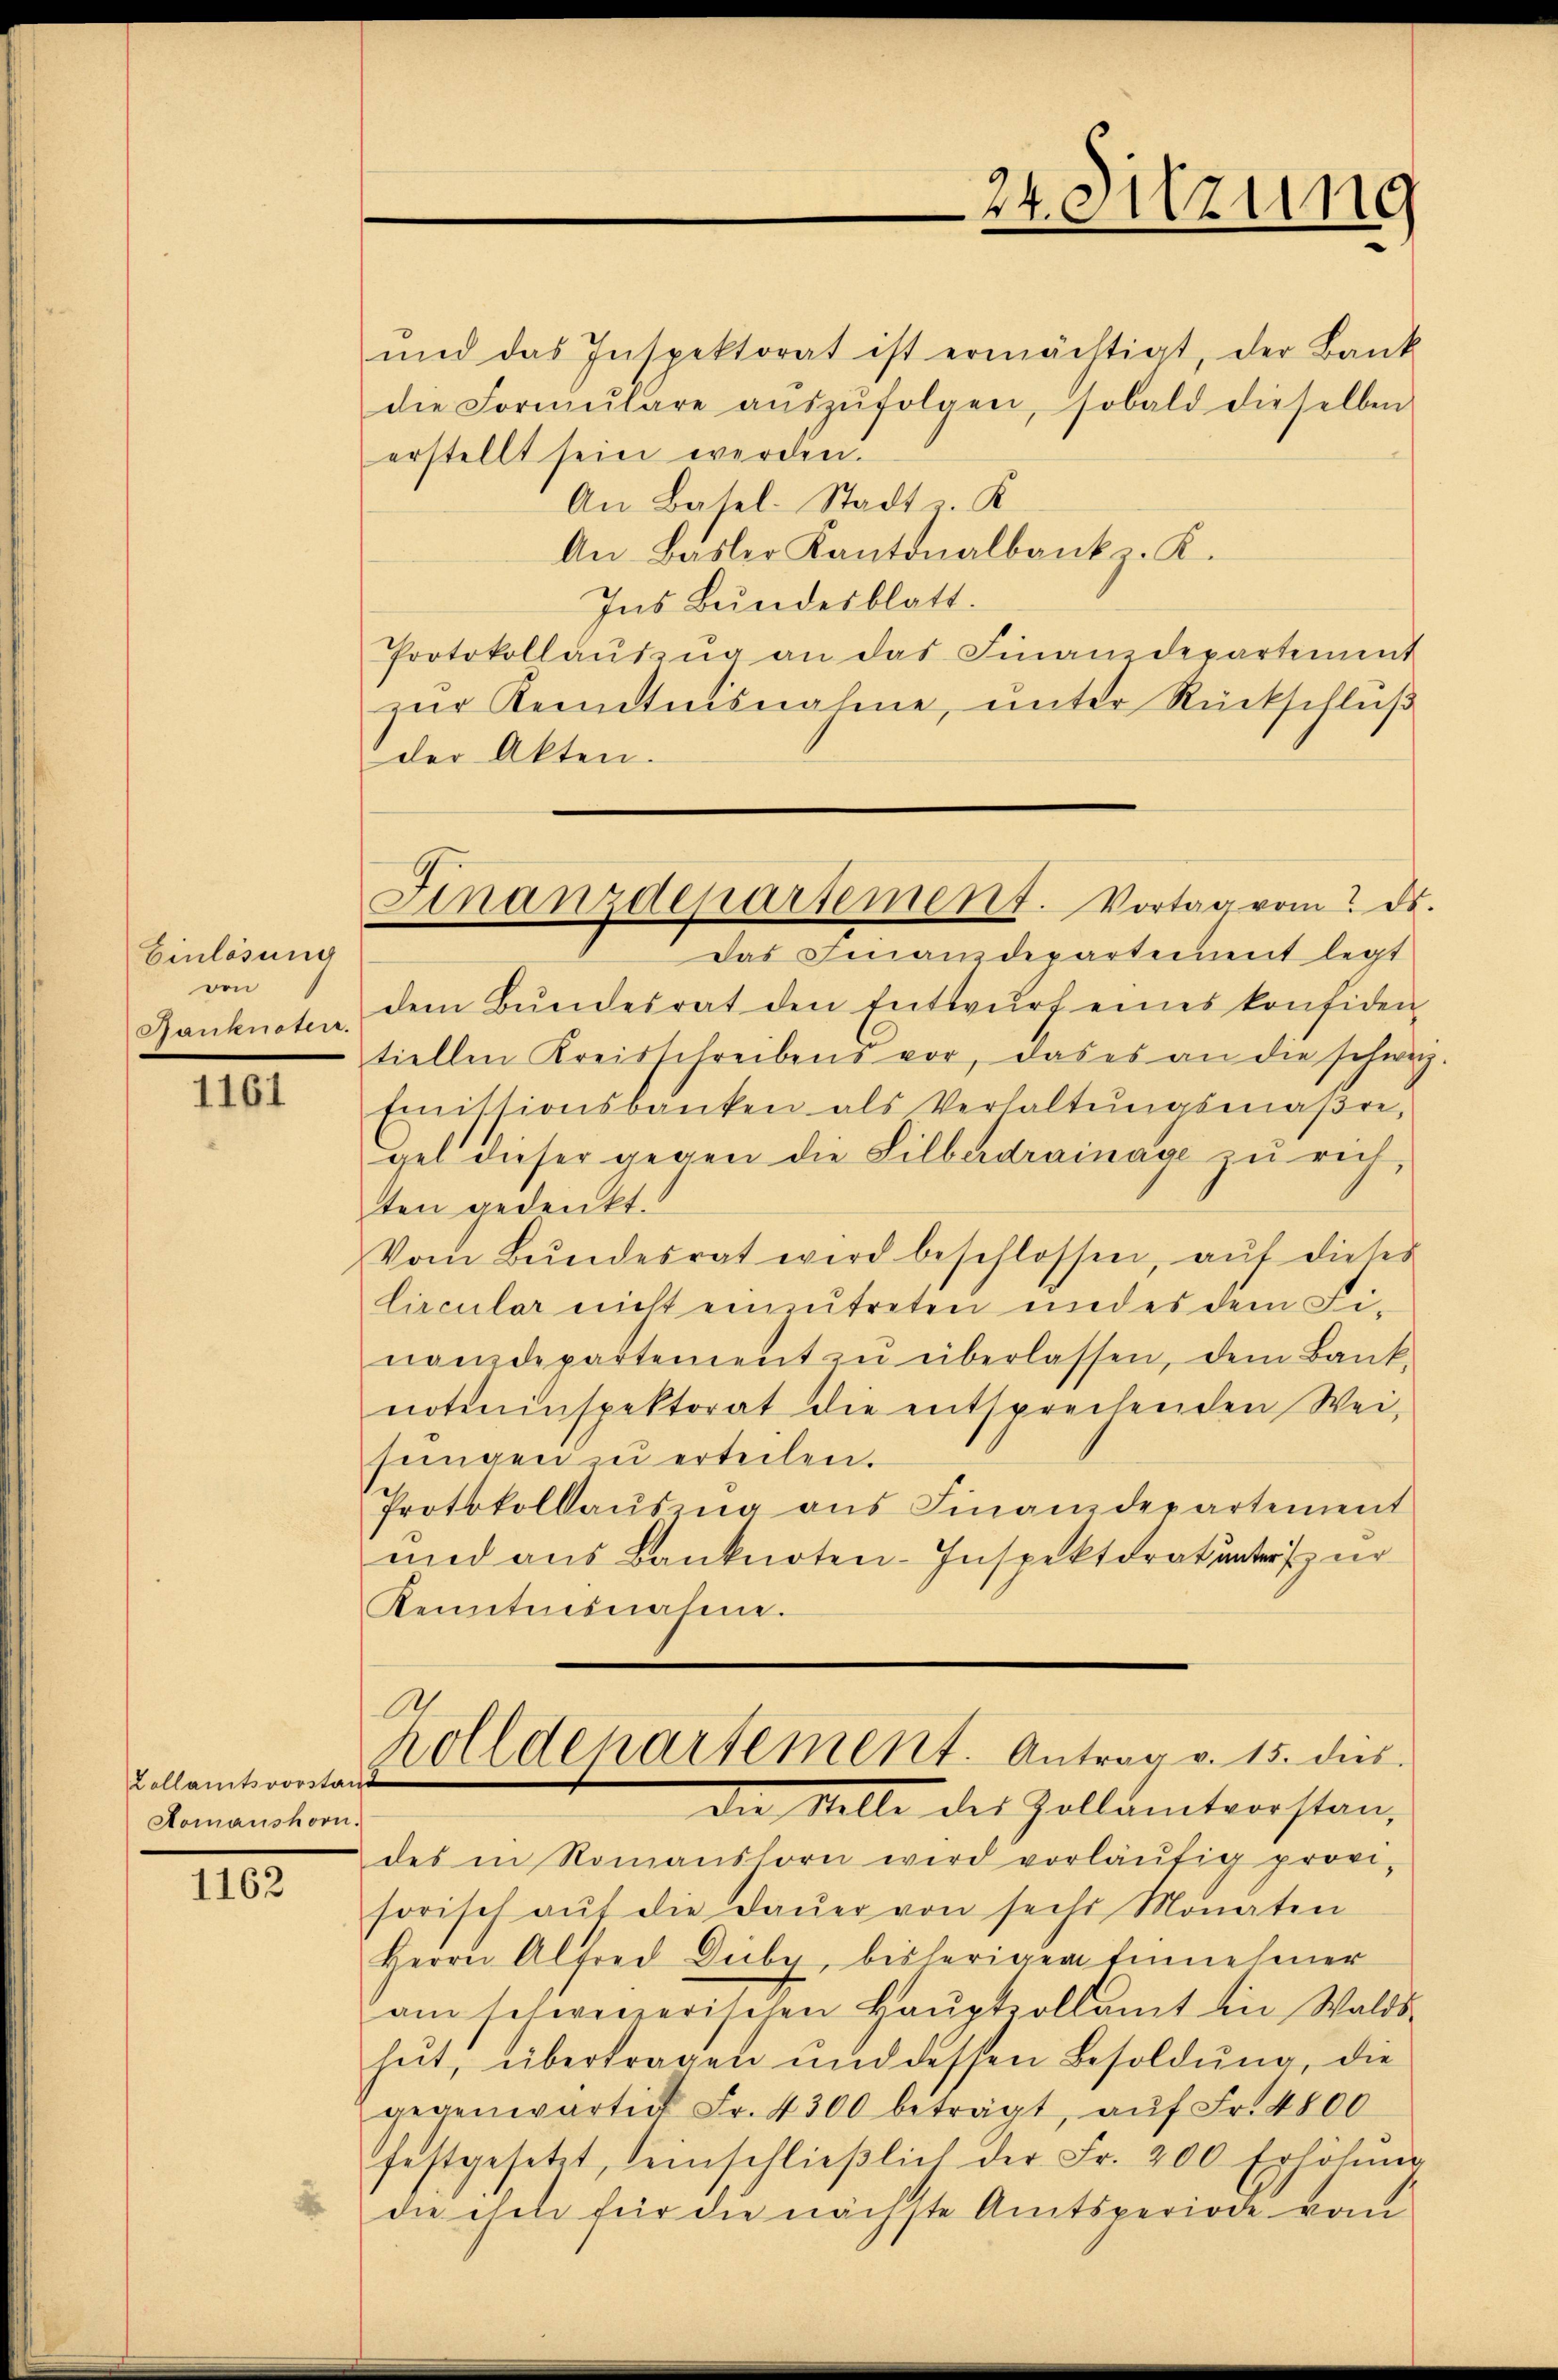
Einlösung
den
Banknoten.

1161

Kollamtsvorstand
Aomanshorn.

1162

Finanzdepartement. Vortag vom ds.

und das Inspektorat ist ermächtigt, der Bank
die Formŭlare aŭszŭfolgen, sobald dieselben
erstellt sein werden.
An Basel-Stadt z. K.
An Basler Kantonalbank. K.
Ins Bundesblatt.
Protokollaŭszŭg an das Finanzdepartiment
zŭr Kenntnisnahme, ŭnter Rückschlŭβ
der Akten.
Das Finanzdepartement legt
dem Bundesrat den Entwŭrf eines konfiden
tiellen Kreisschreibens vor, das es an die schweiz.
Einistionsbanken als Verhaltungsmaßregel dieser gegen die Silberdrainage zu reit,
ten gedenkt.
Vom Bundesrat wird beschlossen, auf dieses
lircular nicht einzutreten und es dem Finanzdepartement zŭ überlassen, dem Bank-
noteninspektorat die entsprechenden Wei-
sŭngen zu erteilen.
Protokollauszug aus Finanzdepartement
und aus Banknoten-Inspektoratunter zur
Kenntnisnahme.

24. Sitzung

des in Romanshorn wird vorläŭfig provi-
sorisch aŭf die Daŭer von sechs Monaten
Herrn Alfred Duby, bisherigen Einnehmer
am schweizerischen Haŭptpollamt in Walds-
hŭt, übertragen und dessen Besoldŭng, die
gegenwärtig Fr. 4300 beträgt, aŭf Fr. 4800
festgesetzt, seinschlieβlich der Fr. 200 Erhöhŭng
die ihm für die nächste Amtsperiode vom

l
zolldepartement. Antrag v. 15. dies
Die Melle des Zollamtvorstan